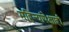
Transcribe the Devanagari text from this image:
महिन्यांपेक्षाही